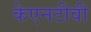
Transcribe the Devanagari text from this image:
केएनटीवी